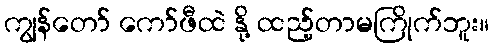
ကျွန်တော် ကော်ဖီထဲ နို့ ထည့်တာမကြိုက်ဘူး။